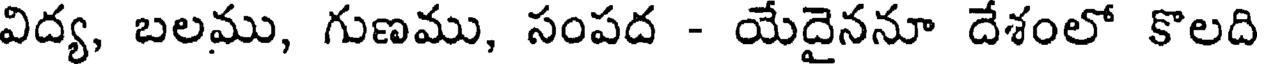
విద్య, బలము, గుణము, సంపద - యేదైననూ దేశంలో కొలది